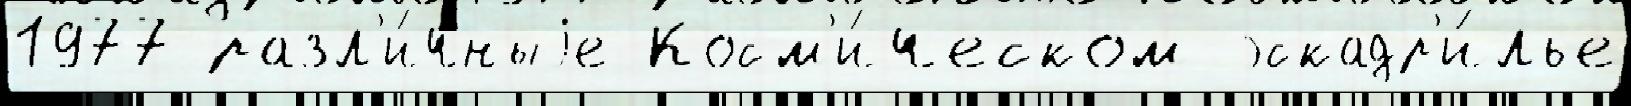
1977 разл'и́чныjе Косм'и́ческом эскадр'и́лье